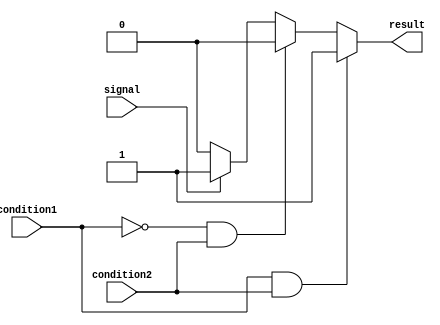
module conditional_assignment (
    input condition1,
    input condition2,
    input signal,
    output reg result
);

always @(*) begin
    if (condition1 && condition2)
        result = 1'b1;
    else if (!condition1 && condition2)
        result = 1'b0;
    else if (signal)
        result = 1'b1;
    else
        result = 1'b0;
end

endmodule